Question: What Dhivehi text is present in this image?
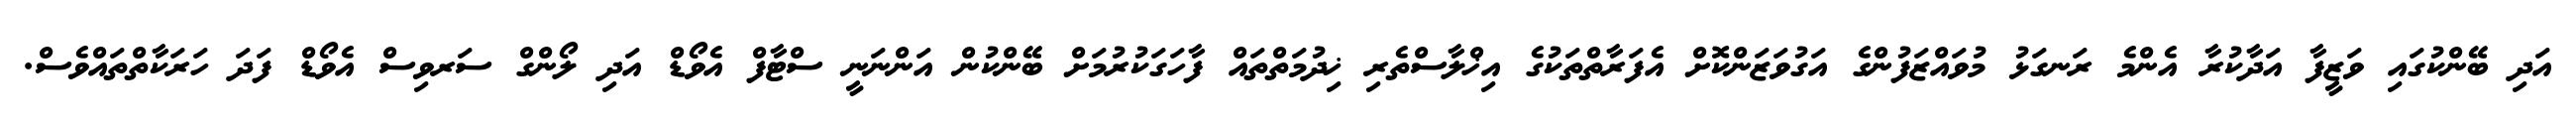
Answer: އަދި ބޭންކުގައި ވަޒީފާ އަދާކުރާ އެންމެ ރަނގަޅު މުވައްޒަފުންގެ އަގުވަޒަންކޮށް އެފަރާތްތަކުގެ އިޚްލާސްތެރި ޚިދުމަތްތައް ފާހަގަކުރުމަށް ބޭންކުން އަންނަނީ ސްޓާފް އެވޯޑް އަދި ލޯންގް ސަރވިސް އެވޯޑް ފަދަ ހަރަކާތްތައްވެސް.